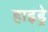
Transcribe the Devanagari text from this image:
हाइड्रे